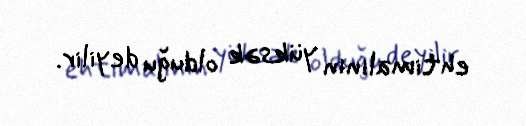
ehtimalının yüksək olduğu deyilir.